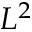
L ^ { 2 }